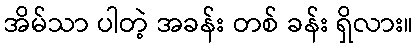
အိမ်သာ ပါတဲ့ အခန်း တစ် ခန်း ရှိလား။